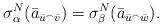
LaTeX: \begin{align*} \sigma^N_\alpha(\bar{a}_{\bar{u}^\smallfrown \bar{v} }) = \sigma^N_\beta(\bar{a}_{\bar{u}^\smallfrown \bar{w}}). \end{align*}